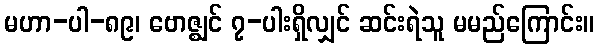
မဟာ-ပါ-၈၉၊ ဗောဇ္ဈင် ၇-ပါးရှိလျှင် ဆင်းရဲသူ မမည်ကြောင်း။